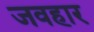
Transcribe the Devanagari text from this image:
जवहार